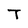
Character: T